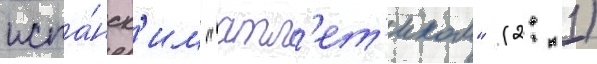
испа́нск'им "атл'ет'иком" (2: 1)